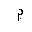
Letter: _mim